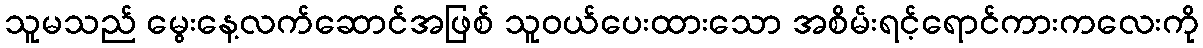
သူမသည် မွေးနေ့လက်ဆောင်အဖြစ် သူဝယ်ပေးထားသော အစိမ်းရင့်ရောင်ကားကလေးကို